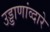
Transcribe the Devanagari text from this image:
उड्डाणांव्दारे